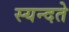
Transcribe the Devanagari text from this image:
स्यन्दते